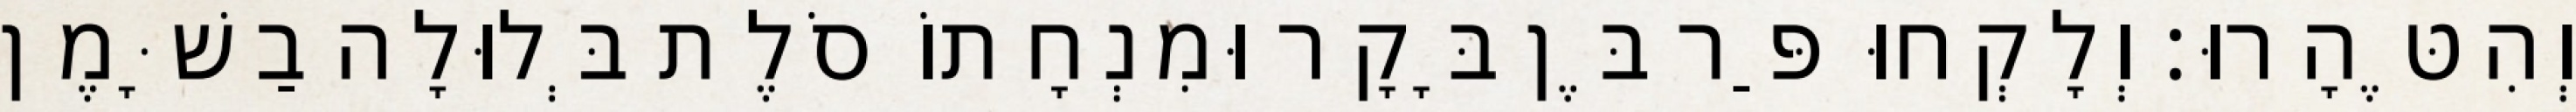
וְהִטֶּהָרוּ׃ וְלָקְחוּ פַּר בֶּן בָּקָר וּמִנְחָתוֹ סֹלֶת בְּלוּלָה בַשָּׁמֶן